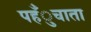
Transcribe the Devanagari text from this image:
पहँुचाता